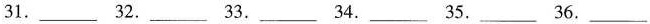
31. ___ 32. ___ 33. ___ 34. ___ 35. ___ 36. ___